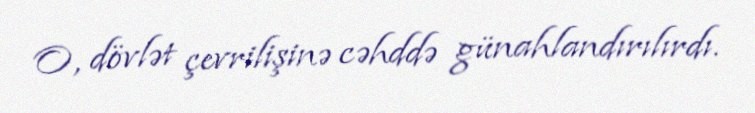
O, dövlət çevrilişinə cəhddə günahlandırılırdı.